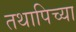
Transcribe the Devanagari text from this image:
तथापिच्या